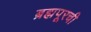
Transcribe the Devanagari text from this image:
ब्रह्मपूरची